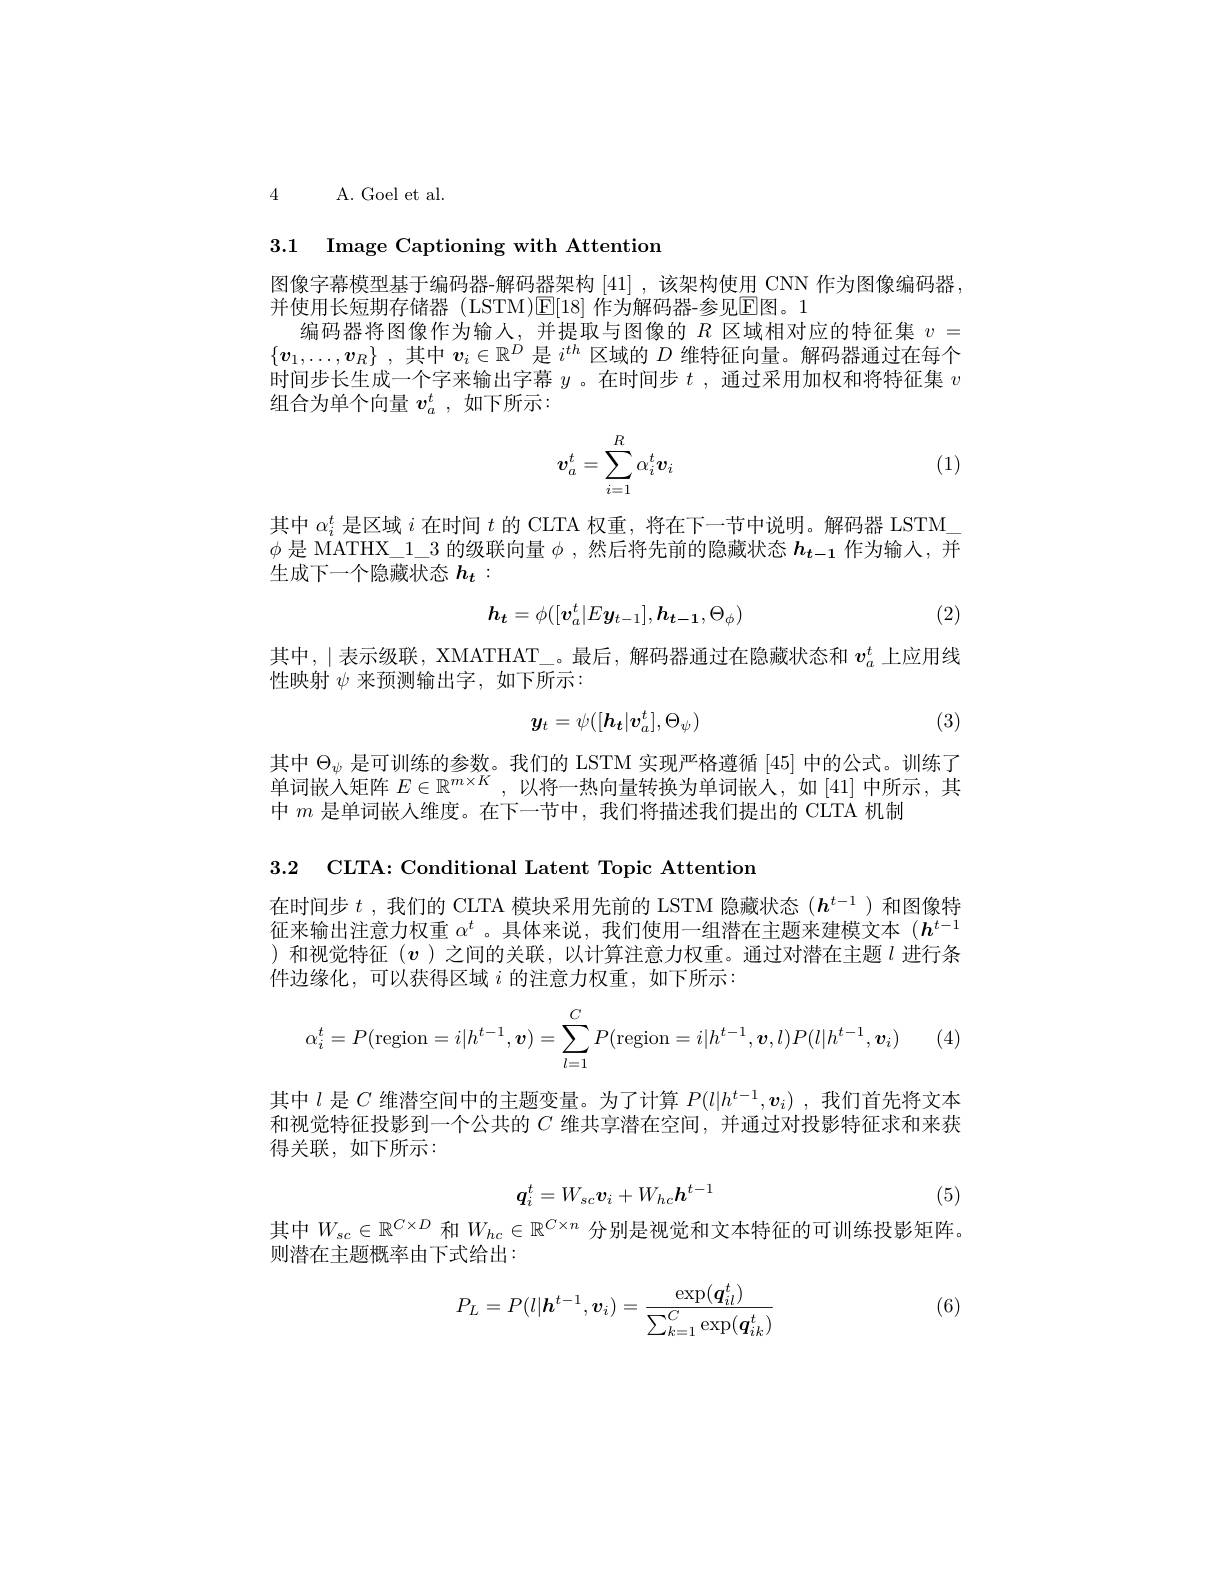
4

A. Goel et al.

3.1 Image Captioning with Attention

图像字幕模型基于编码器-解码器架构 [41],该架构使用 CNN 作为图像编码器，
并使用长短期存储器 (LSTM)E[18]作为解码器-参见E图。1
编码器将图像作为输人，并提取与图像的$R$区域相对应的特征集$v=$ $\{ \boldsymbol{v}_1, \ldots , \boldsymbol{v}_R\}$ ,其中$\boldsymbol{v}_i\in\mathbb{R}^D$是$i^th$区域的$D$维特征向量。解码器通过在每个时间步长生成一个字来输出字幕$y$ 。在时间步$t$ ,通过采用加权和将特征集$v$ 组合为单个向量$v_a^t$ ,如下所示：
$$\boldsymbol{v}_a^t=\sum_{i=1}^R\alpha_i^t\boldsymbol{v}_i$$
(1)

其中$\alpha_i^t$是区域$i$在时间$t$的 CLTA 权重，将在下一节中说明。解码器 LSTM\_ $\phi$是 MATHX\_1\_3 的级联向量$\phi$,然后将先前的隐藏状态$h_t-1$作为输人，并生成下一个隐藏状态$h_t:$
$$h_{t}=\phi([v_{a}^{t}|Ey_{t-1}],h_{t-1},\Theta_{\phi})$$
(2)

其中，|表示级联，XMATHAT。最后，解码器通过在隐藏状态和 $v_a^t$ 上应用线
性映射$\psi$来预测输出字，如下所示：
$$y_t=\psi([h_t|v_a^t],\Theta_\psi)$$
(3)

其中$\Theta_\psi$是可训练的参数。我们的 LSTM 实现严格遵循[45]中的公式。训练了单词嵌入矩阵$E\in\mathbb{R}^m\times K$,以将一热向量转换为单词嵌人，如[41]中所示，其中$m$是单词嵌人维度。在下一节中，我们将描述我们提出的 CLTA 机制

3.2 CLTA: Conditional Latent Topic Attention

在时间步$t$ ,我们的 CLTA 模块采用先前的 LSTM 隐藏状态($h^{t-1}$)和图像特征来输出注意力权重$\alpha^t$ 。具体来说，我们使用一组潜在主题来建模文本$(h^{t-1}$ )和视觉特征($v$ )之间的关联，以计算注意力权重。通过对潜在主题$l$进行条件边缘化，可以获得区域$i$的注意力权重，如下所示：
$$\alpha_i^t=P(\text{region}=i|h^{t-1},\boldsymbol{v})=\sum\limits_{l=1}^CP(\text{region}=i|h^{t-1},\boldsymbol{v},l)P(l|h^{t-1},\boldsymbol{v}_i)$$
其中$l$是$C$维潜空间中的主题变量。为了计算$P(l|h^{t-1},\boldsymbol{v}_i)$ ,我们首先将文本和视觉特征投影到一个公共的$C$维共享潜在空间，并通过对投影特征求和来获得关联，如下所示：
$$\boldsymbol{q}_i^t=W_{sc}\boldsymbol{v}_i+W_{hc}\boldsymbol{h}^{t-1}$$
(5)

其中$W_{sc}\in\mathbb{R}^{C\times D}$ 和$W_hc\in\mathbb{R}^{C\times n}$ 分别是视觉和文本特征的可训练投影矩阵。
则潜在主题概率由下式给出：

(6)
$$P_L=P(l|\boldsymbol{h}^{t-1},\boldsymbol{v}_i)=\frac{\exp(\boldsymbol{q}_{il}^t)}{\sum_{k=1}^C\exp(\boldsymbol{q}_{ik}^t)}$$